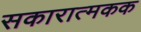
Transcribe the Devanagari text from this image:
सकारात्मकक